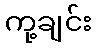
ကု့ချင်း